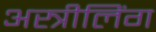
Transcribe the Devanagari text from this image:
अस्त्रीलिंग